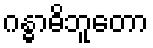
ဂန္ဓာဓိဘူတော